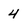
Character: 4